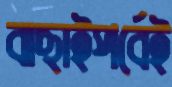
বাছাইপর্বেই